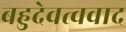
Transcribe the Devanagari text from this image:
बहुदेवत्ववाद